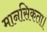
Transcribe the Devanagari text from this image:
मानसिकता।